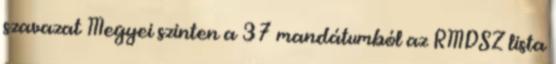
szavazat Megyei szinten a 37 mandátumból az RMDSZ lista